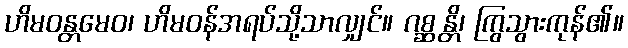
ဟိမဝန္တမေဝ၊ ဟိမဝန်အရပ်သို့သာလျှင်။ ဂစ္ဆန္တိ၊ ကြွသွားကုန်၏။